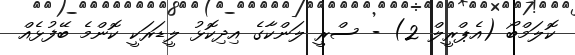
ކޮލަމްބޯ (އެޕްރީލް 2) - ސްރީ ލަންކާގެ އިދިކޮޅު ލީޑަރަކީ ކޮންމެ ބޭފުޅެއް